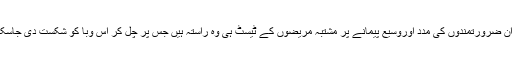
اس دوران ضرورتمندوں کی مدد اوروسیع پیمانے پر مشتبہ مریضوں کے ٹیسٹ ہی وہ راستہ ہیں جس پر چل کر اس وبا کو شکست دی جاسکتی ہے ۔